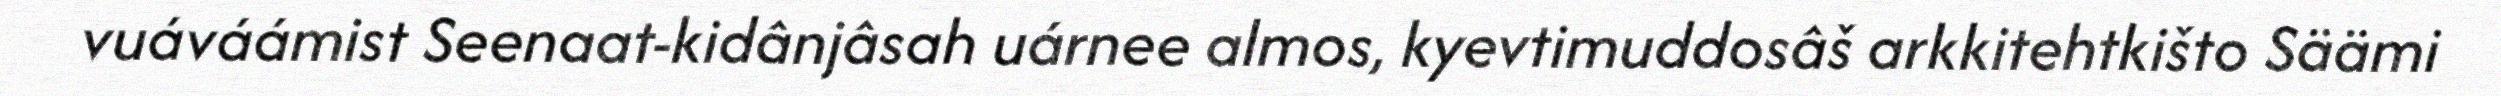
vuáváámist Seenaat-kidânjâsah uárnee almos, kyevtimuddosâš arkkitehtkišto Säämi